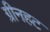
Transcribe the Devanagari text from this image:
ग्रीनहट